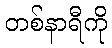
တစ်နာရီကို